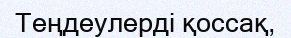
Теңдеулерді қоссақ,